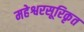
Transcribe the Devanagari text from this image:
महेश्वरसूरिकृत